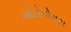
ઓટોનોમસ